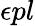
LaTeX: \epsilon{pl}